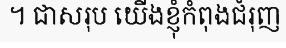
។ ជាសរុប យើងខ្ញុំកំពុងជំរុញ